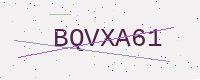
Text: BQVXA61